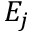
E _ { j }